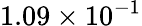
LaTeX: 1.09\times 10^{-1}